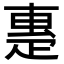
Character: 𤴝